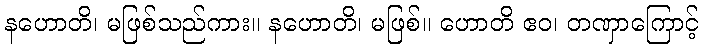
နဟောတိ၊ မဖြစ်သည်ကား။ နဟောတိ၊ မဖြစ်။ ဟောတိ ဧဝ၊ တဏှာကြောင့်